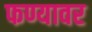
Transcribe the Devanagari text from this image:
फण्यावर